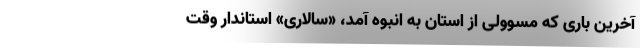
آخرین باری که مسوولی از استان به انبوه آمد، «سالاری» استاندار وقت